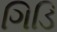
ગિડિ